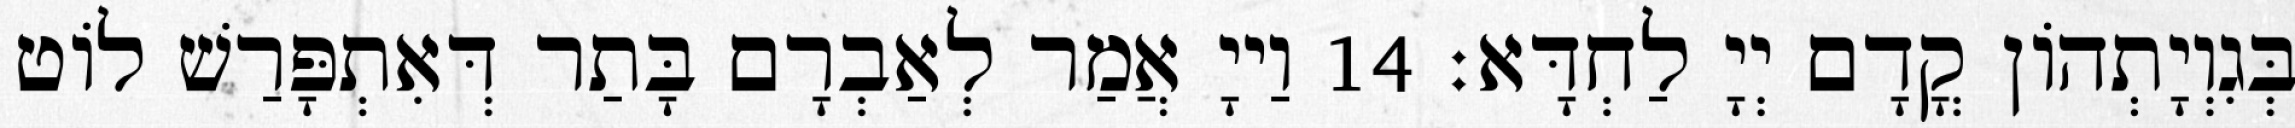
בְּגִוְיָתְהוֹן קֳדָם יְיָ לַחְדָּא׃ 14 וַייָ אֲמַר לְאַבְרָם בָּתַר דְּאִתְפָּרַשׁ לוֹט